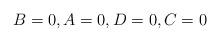
LaTeX: \begin{align*}B=0,A=0,D=0,C=0\end{align*}